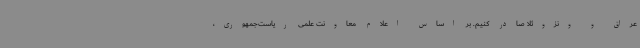
عراق و ونزوئلا صادر کنیم. بر اساس اعلام معاونت علمی ریاست‌جمهوری،